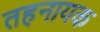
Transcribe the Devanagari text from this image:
तहनायक